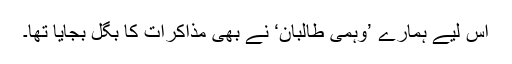
اس لیے ہمارے ’وہمی طالبان‘ نے بھی مذاکرات کا بگل بجایا تھا۔